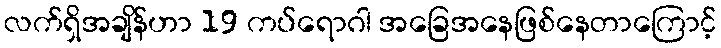
လက်ရှိအချိန်ဟာ 19 ကပ်ရောဂါ အခြေအနေဖြစ်နေတာကြောင့်